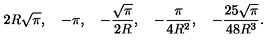
2 R \sqrt \pi , \quad - \pi , \quad - \frac { \sqrt \pi } { 2 R } , \quad - \frac { \pi } { 4 R ^ { 2 } } , \quad - \frac { 2 5 \sqrt \pi } { 4 8 R ^ { 3 } } { . }